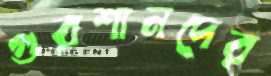
গুরশানদের